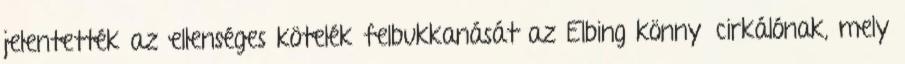
jelentették az ellenséges kötelék felbukkanását az Elbing könnyűcirkálónak, mely